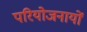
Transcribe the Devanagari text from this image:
परियोजनायों